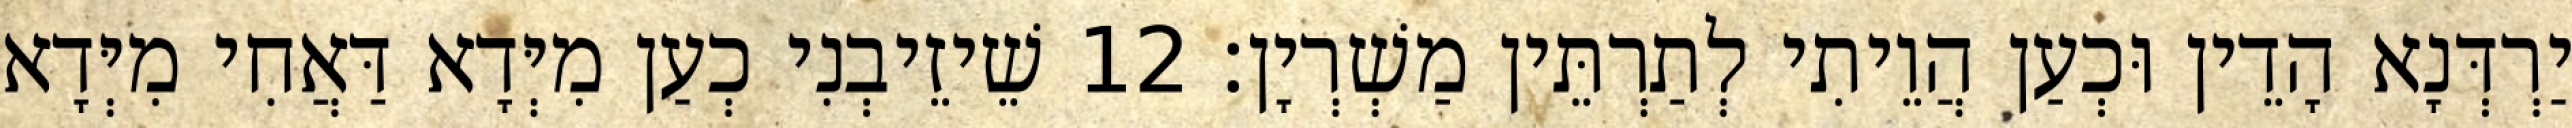
יַרְדְּנָא הָדֵין וּכְעַן הֲוֵיתִי לְתַרְתֵּין מַשְׁרְיָן׃ 12 שֵׁיזֵיבְנִי כְעַן מִיְּדָא דַּאֲחִי מִיְּדָא